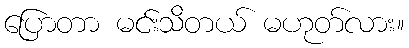
ပြောတာ မင်းသိတယ် မဟုတ်လား။